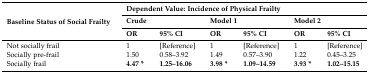
<table><thead><tr><td rowspan="3"><b>Baseline Status of Social Frailty</b></td><td colspan="6"><b>Dependent Value: Incidence of Physical Frailty</b></td></tr><tr><td colspan="2"><b>Crude</b></td><td colspan="2"><b>Model 1</b></td><td colspan="2"><b>Model 2</b></td></tr><tr><td><b>OR</b></td><td><b>95% CI</b></td><td><b>OR</b></td><td><b>95% CI</b></td><td><b>OR</b></td><td><b>95% CI</b></td></tr></thead><tbody><tr><td> Not socially frail</td><td>1</td><td>[Reference]</td><td>1</td><td>[Reference]</td><td>1</td><td>[Reference]</td></tr><tr><td> Socially pre-frail</td><td>1.50</td><td>0.58–3.92</td><td>1.49</td><td>0.57–3.90</td><td>1.22</td><td>0.45–3.25</td></tr><tr><td> Socially frail</td><td><b>4.47 *</b></td><td><b>1.25–16.06</b></td><td><b>3.98 *</b></td><td><b>1.09–14.59</b></td><td><b>3.93 *</b></td><td><b>1.02–15.15</b></td></tr></tbody></table>